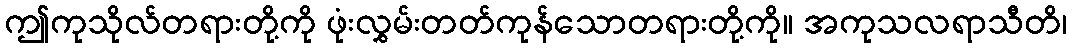
ဤကုသိုလ်တရားတို့ကို ဖုံးလွှမ်းတတ်ကုန်သောတရားတို့ကို။ အကုသလရာသီတိ၊